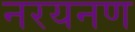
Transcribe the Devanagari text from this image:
नरयनण